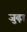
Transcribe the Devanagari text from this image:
जुढ़ा